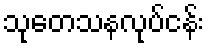
သုတေသနလုပ်ငန်း